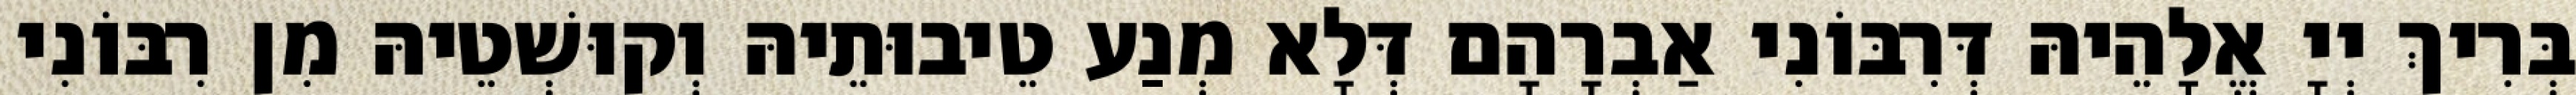
בְּרִיךְ יְיָ אֱלָהֵיהּ דְּרִבּוֹנִי אַבְרָהָם דְּלָא מְנַע טֵיבוּתֵיהּ וְקוּשְׁטֵיהּ מִן רִבּוֹנִי